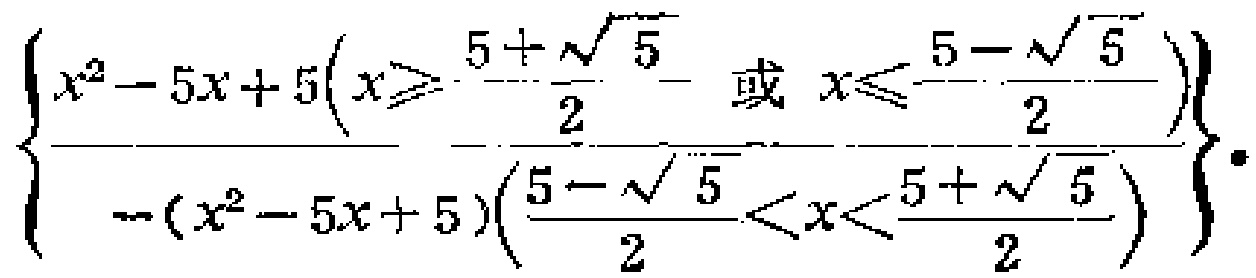
$\left\{\begin{array}{l}x^{2}-5x + 5\left(x\geqslant\frac{5+\sqrt{5}}{2}\text{ 或 }x\leqslant\frac{5 - \sqrt{5}}{2}\right)\\\hline-(x^{2}-5x + 5)\left(\frac{5 - \sqrt{5}}{2}<x<\frac{5+\sqrt{5}}{2}\right)\end{array}\right\}.$